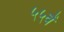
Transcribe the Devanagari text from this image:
५५वें